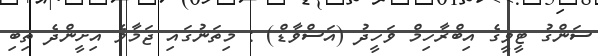
ސަންގު ޓީވީގެ އިބްރާހިމް ވަހީދު (އަސްވާޑް) : މިތަނުގައި ޖަމާވެ އިށީންދެ ތިބި